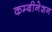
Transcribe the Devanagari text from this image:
कम्बीनेशन